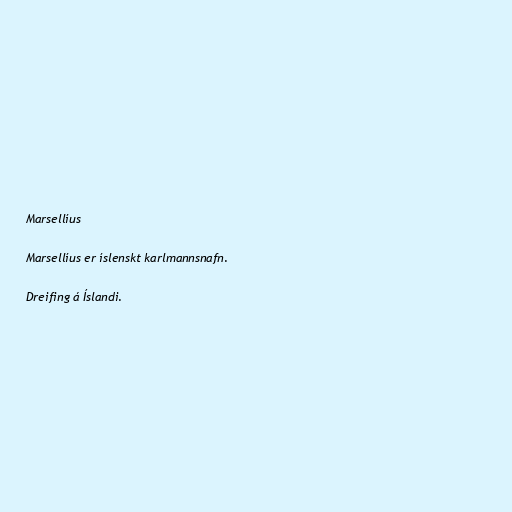
Marsellíus

Marsellíus er íslenskt karlmannsnafn.

Dreifing á Íslandi.